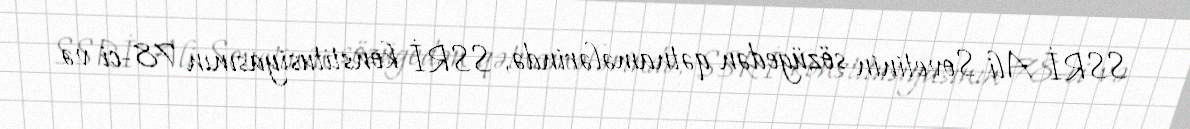
SSRİ Ali Sovetinin sözügedən qətnamələrində, SSRİ konstitusiyasının 78-ci və